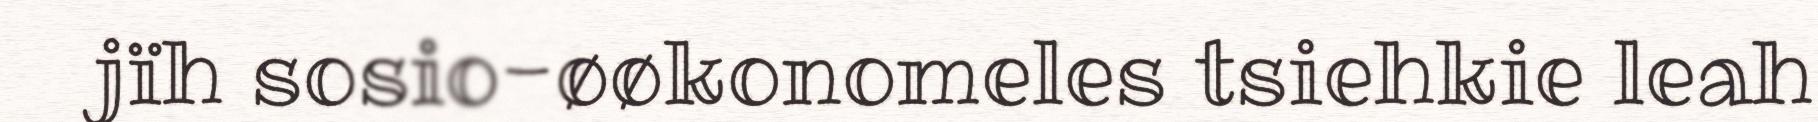
jïh sosio-øøkonomeles tsiehkie leah